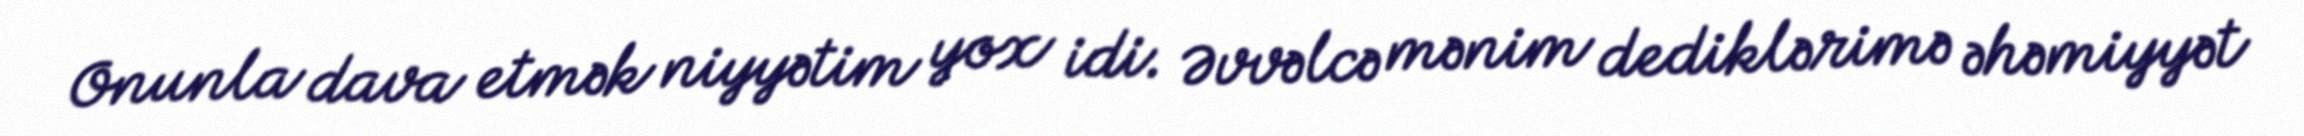
Onunla dava etmək niyyətim yox idi. Əvvəlcə mənim dediklərimə əhəmiyyət